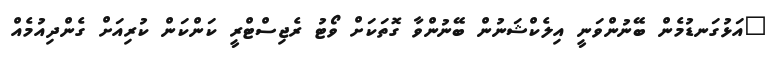
"އަޅުގަނޑުމެން ބޭނުންވަނީ އިލެކްޝަނުން ބޭނުންވާ ގޮތަކަށް ވޯޓު ރެޖިސްޓްރީ ކަންކަން ކުރިއަށް ގެންދިއުމެއް